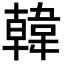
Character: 韓